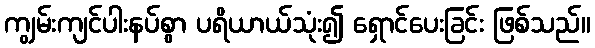
ကျွမ်းကျင်ပါးနပ်စွာ ပရိယာယ်သုံး၍ ရှောင်ပေးခြင်း ဖြစ်သည်။